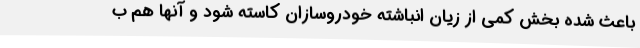
باعث شده بخش کمی از زیان انباشته خودروسازان کاسته شود و آنها هم ب